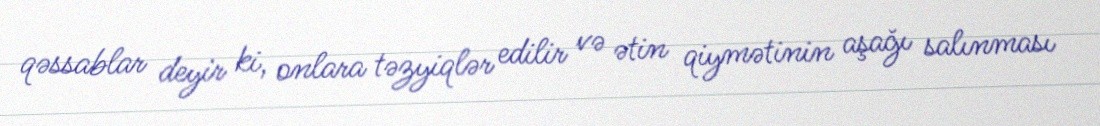
qəssablar deyir ki, onlara təzyiqlər edilir və ətin qiymətinin aşağı salınması